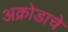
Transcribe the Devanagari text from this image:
अक्रोडाचे